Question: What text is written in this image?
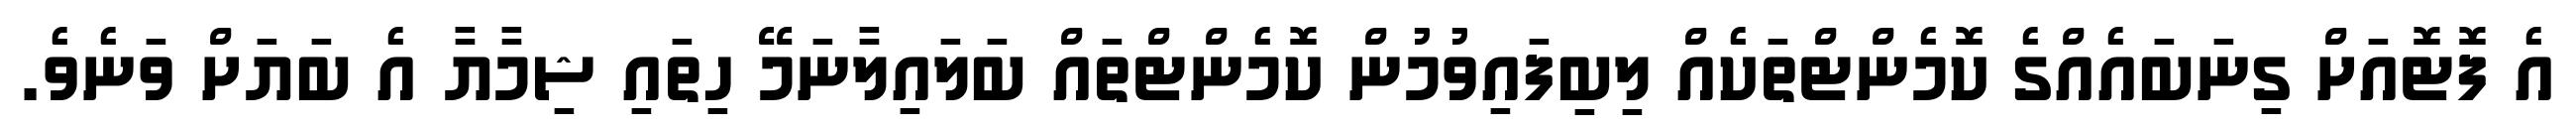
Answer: އެ ފޮޓޮއަށް ގިނަބައެއްގެ ކޮމެންޓްތަކެއް ލިބިފައިވުމުން ކޮމެންޓްތައް ބަލައިލާނަމޭ ހިތައި ޝިމާޔާ އެ ބަޔަށް ވަނެވެ.